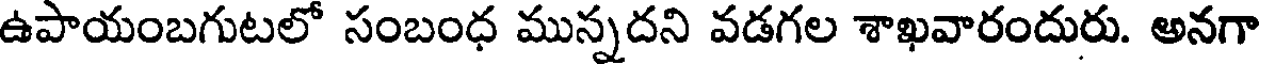
ఉపాయంబగుటలో సంబంధ మున్నదని వడగల శాఖవారందురు. అనగా